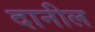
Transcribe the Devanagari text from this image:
दानील